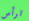
ترأس